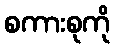
စကားစုကို